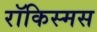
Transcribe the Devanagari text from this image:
रॉकिस्मस